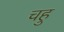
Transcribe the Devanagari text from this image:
चहु